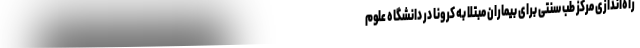
راه‌اندازی مرکز طب سنتی برای بیماران مبتلا به کرونا در دانشگاه علوم